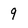
Character: 9